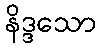
နိဒ္ဒသော